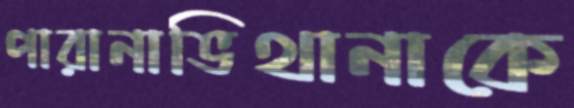
পারানাভিথানাকে